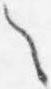
之